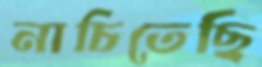
নাচিতেছি